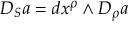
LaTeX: { \cal { D } } _ { S } a = d x ^ { \rho } \wedge D _ { \rho } a